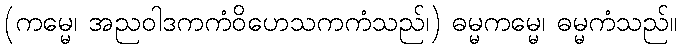
(ကမ္မေ၊ အညဝါဒကကံဝိဟေသကကံသည်၊) ဓမ္မကမ္မေ၊ ဓမ္မကံသည်။